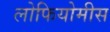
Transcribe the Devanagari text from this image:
लोफियोमीस